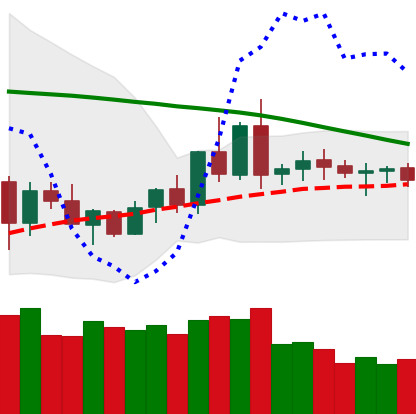
Ticker: XRP-USD
Chart end date: 2020-06-09
Forward return: -5.146%
Label: down_5_7